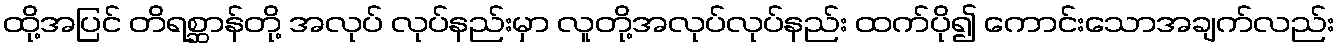
ထို့အပြင် တိရစ္ဆာန်တို့ အလုပ် လုပ်နည်းမှာ လူတို့အလုပ်လုပ်နည်း ထက်ပို၍ ကောင်းသောအချက်လည်း